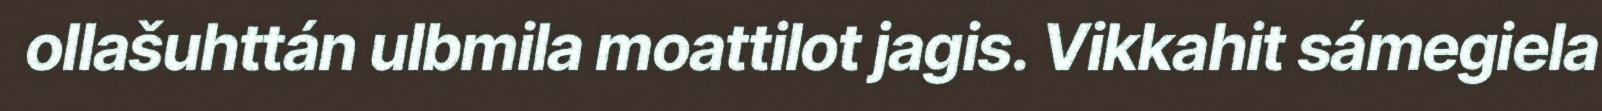
ollašuhttán ulbmila moattilot jagis. Vikkahit sámegiela